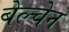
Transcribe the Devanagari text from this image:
बेल्चेन